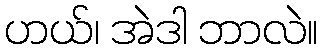
ဟယ်၊ အဲဒါ ဘာလဲ။